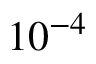
1 0 ^ { - 4 }